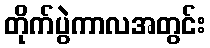
တိုက်ပွဲကာလအတွင်း